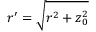
r ^ { \prime } = \sqrt { r ^ { 2 } + z _ { 0 } ^ { 2 } }